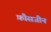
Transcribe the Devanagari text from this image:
फ़ौसजीन